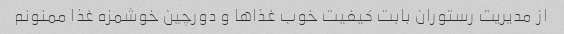
از مدیریت رستوران بابت کیفیت خوب غذاها و دورچین خوشمزه غذا ممنونم